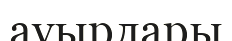
ауырлары